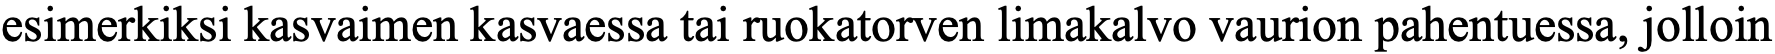
esimerkiksi kasvaimen kasvaessa tai ruokatorven limakalvo vaurion pahentuessa, jolloin